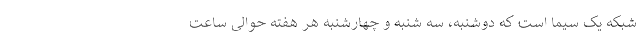
شبکه یک سیما است که دوشنبه، سه شنبه و چهارشنبه هر هفته حوالی ساعت